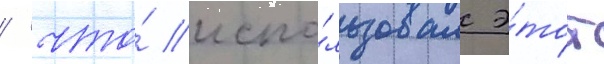
/ что́ испо́льзовал э́тот